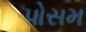
પોસમ